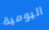
اليومية